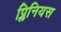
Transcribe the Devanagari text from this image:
प्लिनियस